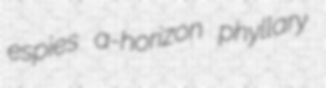
espies a-horizon phyllary